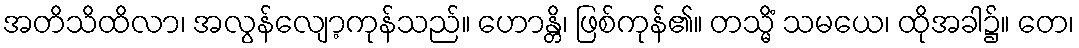
အတိသိထိလာ၊ အလွန်လျော့ကုန်သည်။ ဟောန္တိ၊ ဖြစ်ကုန်၏။ တသ္မိံ သမယေ၊ ထိုအခါ၌။ တေ၊